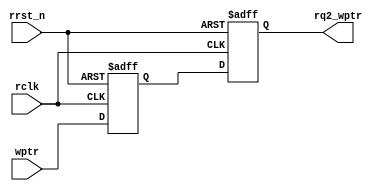
// Write pointer to read clock synchronizer
module sync_w2r #(parameter ADDRSIZE = 4)(
    input rclk, rrst_n,
    input [ADDRSIZE:0] wptr,
    output reg [ADDRSIZE:0] rq2_wptr);

    reg [ADDRSIZE:0] rq1_wptr;

    always @(posedge rclk or negedge rrst_n)
    begin
        if (!rrst_n)
            {rq2_wptr,rq1_wptr} <= 0;
        else
            {rq2_wptr,rq1_wptr} <= {rq1_wptr,wptr};
    end
endmodule